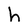
Character: h